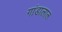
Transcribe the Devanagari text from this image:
गांडालाल